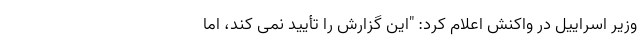
وزیر اسراییل در واکنش اعلام کرد: "این گزارش را تأیید نمی کند، اما